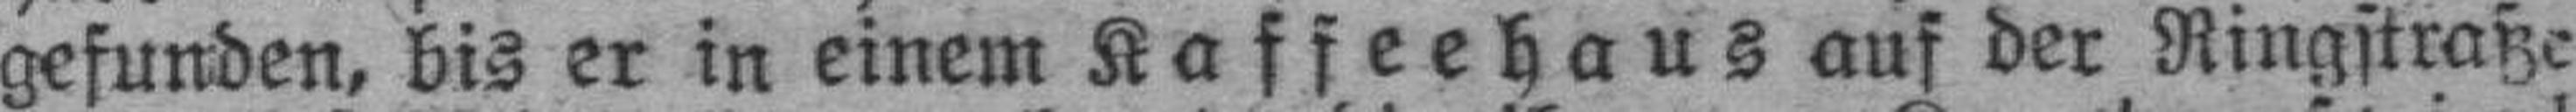
gefunden, bis er in einem Kaffeehaus auf der Ringstraße